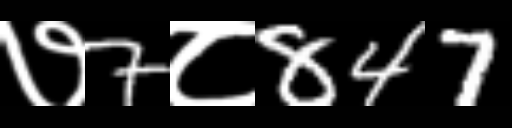
Text: ७7८847